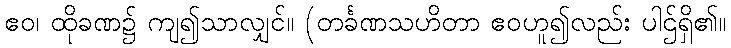
ဧဝ၊ ထိုခဏ၌ ကျ၍သာလျှင်။ (တင်္ခဏသဟိတာ ဧဝဟူ၍လည်း ပါဌ်ရှိ၏။